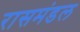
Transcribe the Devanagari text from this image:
रासमंडल